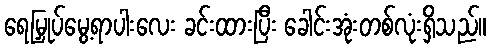
ရေမြှုပ်မွေ့ရာပါးလေး ခင်းထားပြီး ခေါင်းအုံးတစ်လုံးရှိသည်။